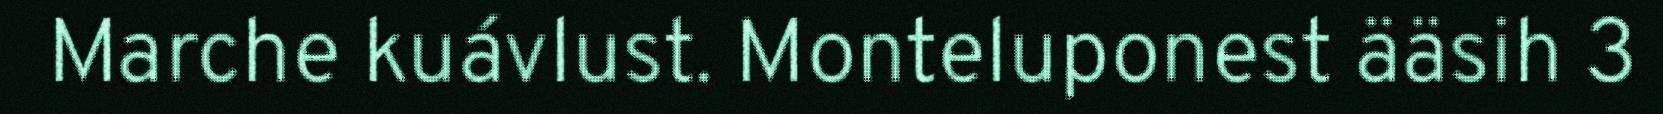
Marche kuávlust. Monteluponest ääsih 3